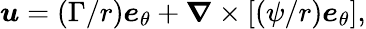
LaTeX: \boldsymbol{u}=\left(\Gamma/r\right)\boldsymbol{e}_{\theta}+\boldsymbol{\nabla}\times\left[\left(\psi/r\right)\boldsymbol{e}_{\theta}\right],